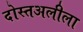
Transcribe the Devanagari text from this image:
दोस्तअलीला